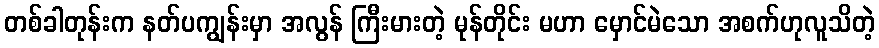
တစ်ခါတုန်းက နတ်ပကျွန်းမှာ အလွန် ကြီးမားတဲ့ မုန်တိုင်း မဟာ မှောင်မဲသော အစက်ဟုလူသိတဲ့